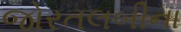
જોરતલબીના